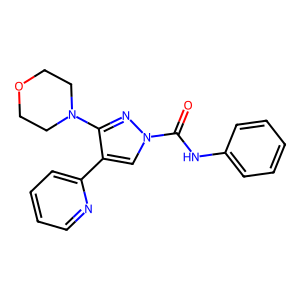
SMILES: O=C(Nc1ccccc1)n1cc(-c2ccccn2)c(N2CCOCC2)n1
Inhibits HIV replication: No